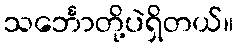
သင်္ဘောတို့ပဲရှိတယ်။